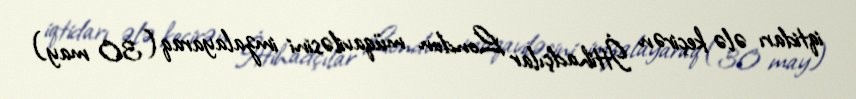
iqtidarı ələ keçirən İttihadçılar London müqaviləsini imzalayaraq (30 may)